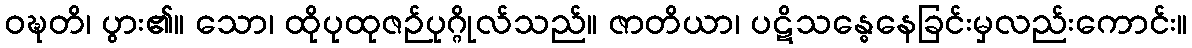
ဝဍ္ဎတိ၊ ပွား၏။ သော၊ ထိုပုထုဇဉ်ပုဂ္ဂိုလ်သည်။ ဇာတိယာ၊ ပဋိသန္ဓေနေခြင်းမှလည်းကောင်း။